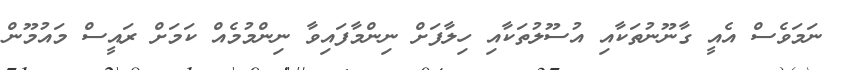
ނަމަވެސް އެއީ ގާނޫނުތަކާއި އުސޫލުތަކާއި ހިލާފަށް ނިންމާފައިވާ ނިންމުމެއް ކަމަށް ރައީސް މައުމޫން